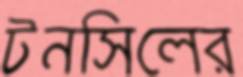
টনসিলের